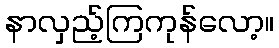
နာလှည့်ကြကုန်လော့။